Karksi_vallavalitsus, lk 94
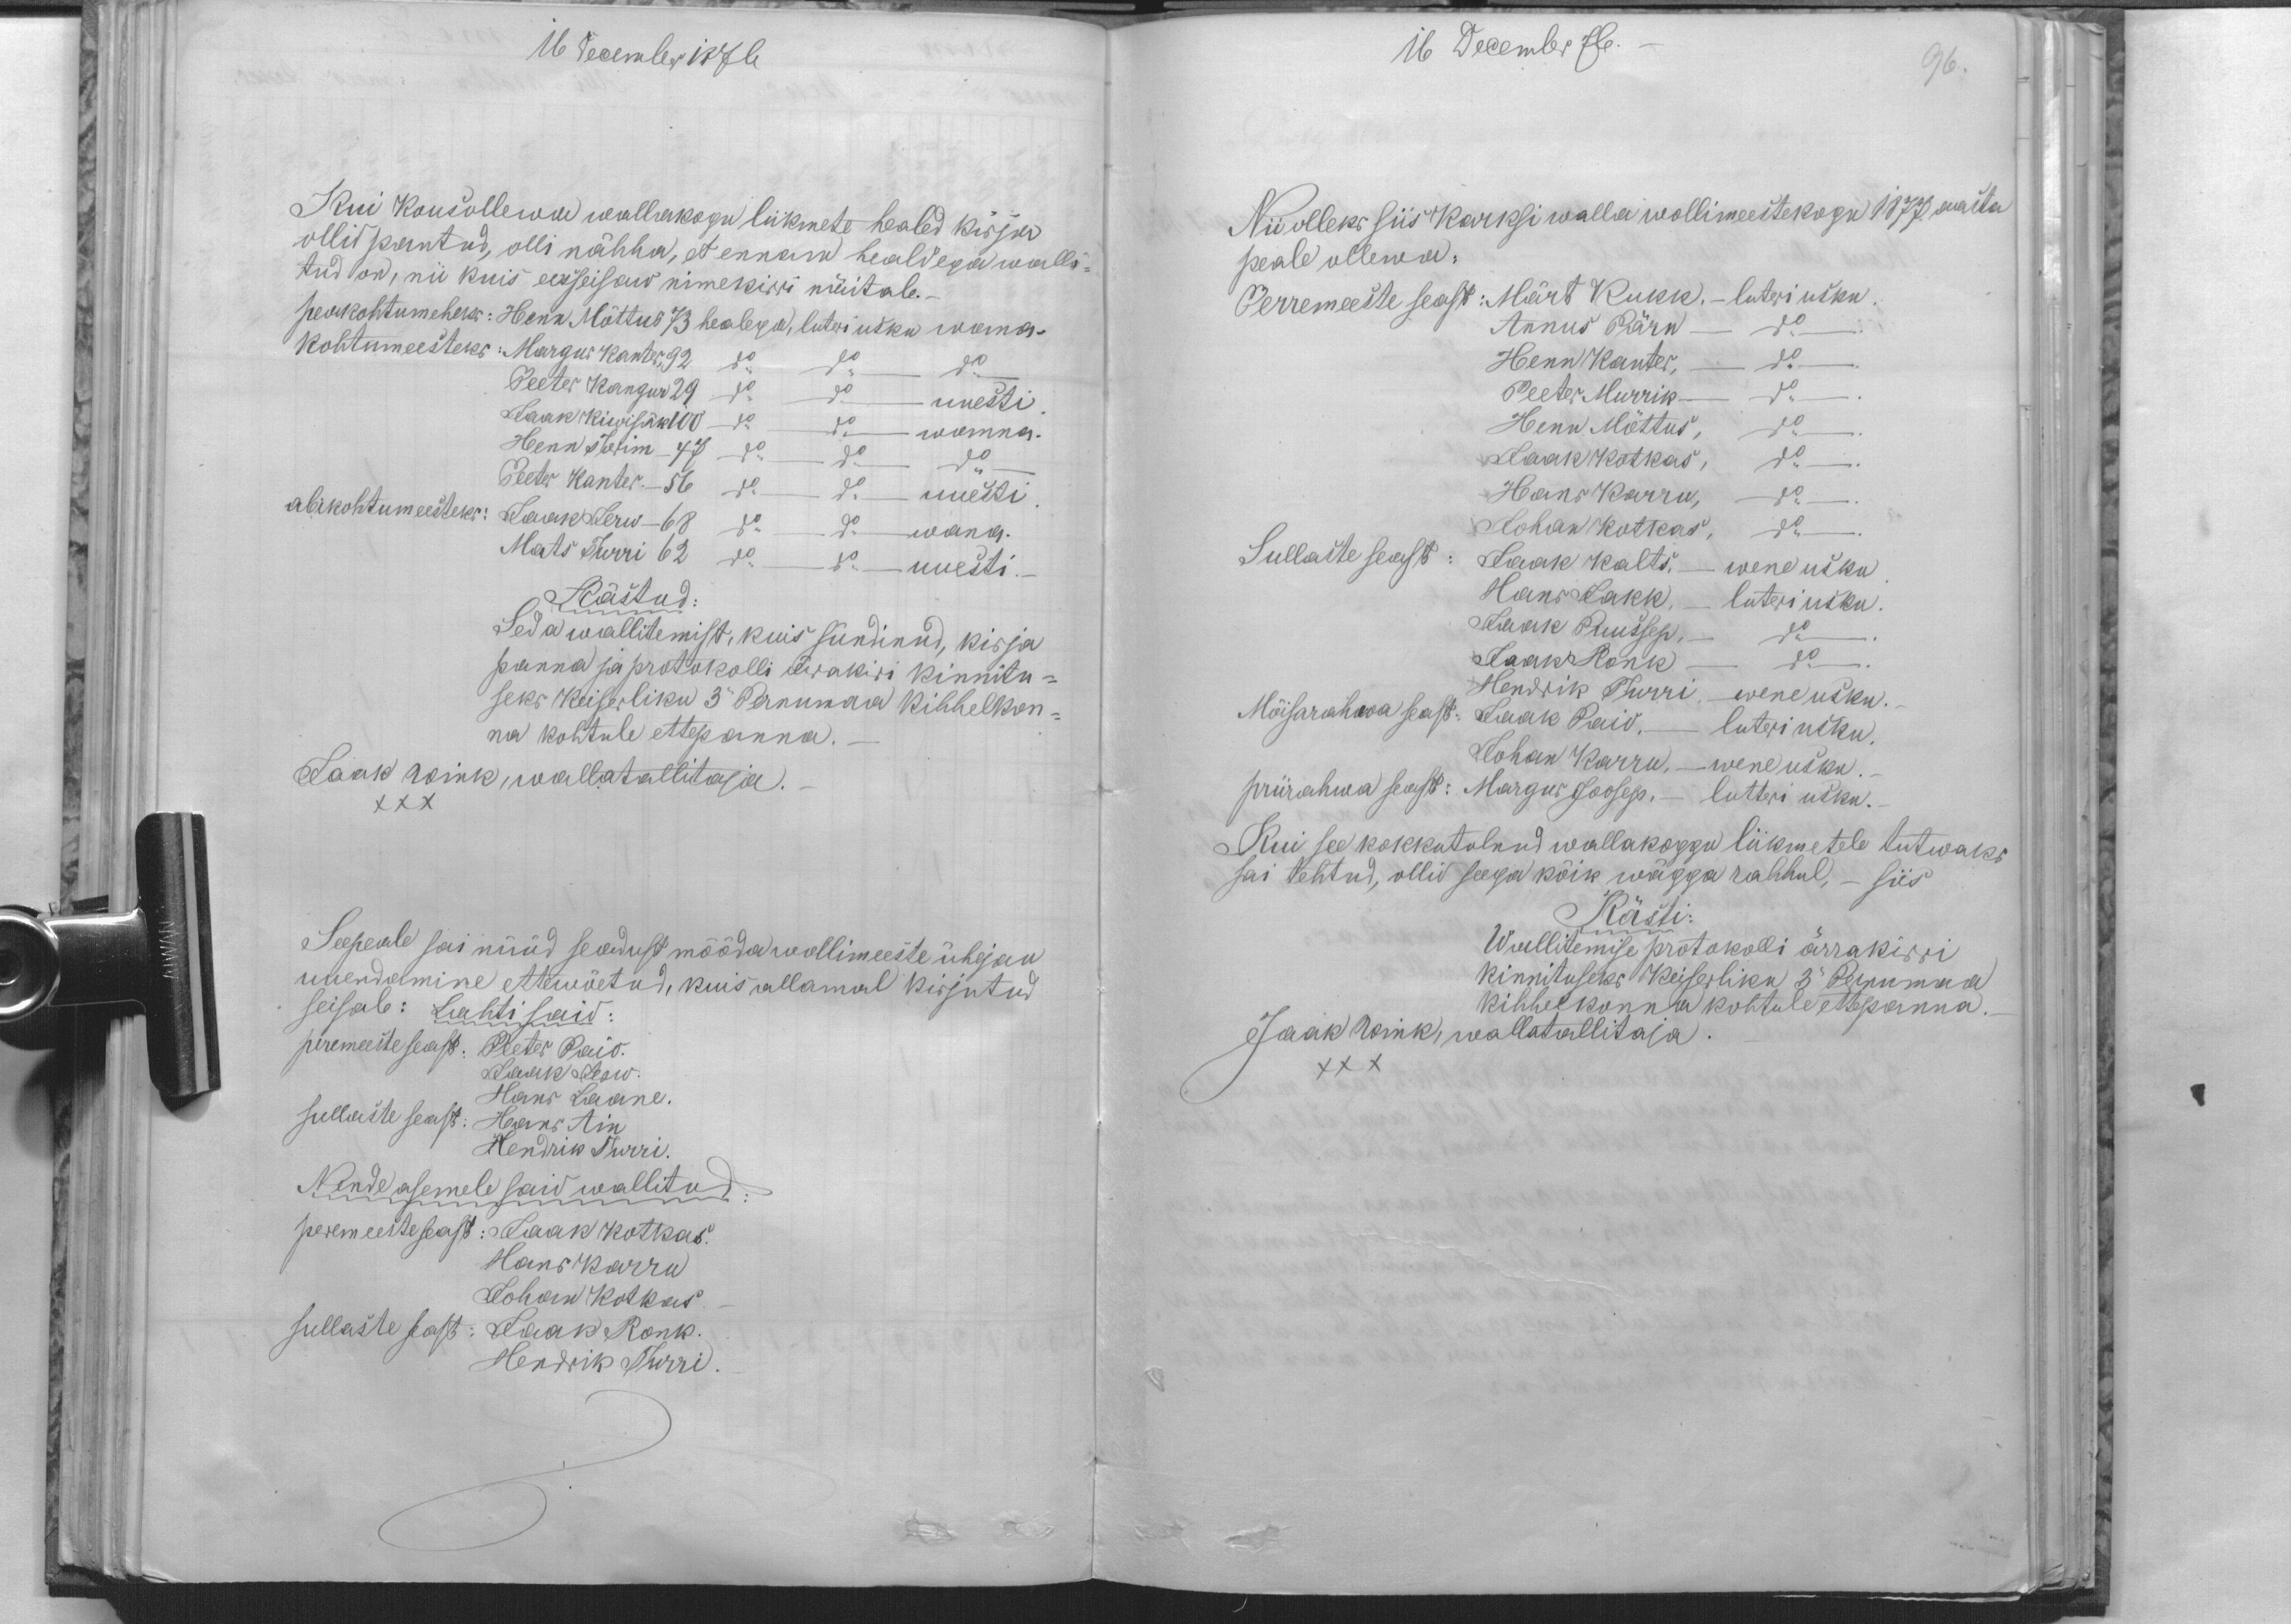
16 December 1876
Kui kousollewa wallakogu liikmete healed kirja
ollid pantud, olli nähha, et ennam healdega walli-
tud on, nii kuis eesseisaw nimekirri näitab.-
peakohtumeheks: Henn Mõttus 73 healega, luteri usku wana.
kohtumeesteks: Margus Kanter,92 do do do
Peeter Kangur 29 do do uuesti
Jaak Kiwisäk 100 do do wanna.
Henn Torim - 47 do do do
Peeter Kanter. - 56 do do uuesti.
abikohtumeesteks: Jaak Jerw - 68 do do wana.
Mats Turri 62 do do uuesti.-
Kästud:
Seda wallitemist, kuis sündinud, kirja
panna ja protokolli ärrakiri kinnitu-
seks Keiserliku 3" Pernumaa Kihhelkon-
na kohtule ettepanna.-
Jaak Wink, wallatallitaja.-
XXX
Seepeale sai nüüd seadust mööda wollimeeste ühejau
uuendamine ettewõetud, kuis allamal kirjutud
seisab: Lahti said:
peremeeste seast: Peeter Paio.
Jaak Jerw.
Hans Laane.
sullaste seast: Hans Ain
Hendrik Turri.
Nende asemele said wallitud:
peremeeste seast: Jaak Kotkas.
Hans Karru
Johan Kotkas.
sullaste seast: Jaak Ronk.
Hendrik Turri

16 Decembr 76.
96.
Nii olleks siis Karksi walla wollimeestekogu 1877. aasta
peale ollewa:
Perremeeste seast: Märt Kukk. - luteri usku.
Annus Pärn do
Henn Kanter, do.
Peeter Murrik do
Henn Mõttus, do
Jaak Kotkas, do.
Hans Karru, do.
Johan Kotkas, do
Sullaste seast: Jaak Kalts. - wene usku.
Hans Jakk, - luteri usku.
Jaak Puussep, do.
Jaak Ronk do.
Hendrik Turri -wene usku.
Mõisarahwa seast: Jaak Paio, - luteri usku
Johan Karru, - wene usku.
priirahwa seast: Margus Joosep. - luteri usku.
Kui see kokkutulnud wallakoggu liikmetele tutwaks
sai tehtud, ollid seega kõik wägga rahhul, - siis
Kästi:
Wallitemise protokolli ärrakirri
kinnituseks Keiserliku 3" Pernumaa
kihhelkonna kohtule ettepanna.
Jaak Wink, wallatallitaja.
XXX